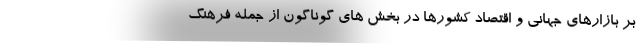
بر بازارهای جهانی و اقتصاد کشورها در بخش های گوناگون از جمله فرهنگ